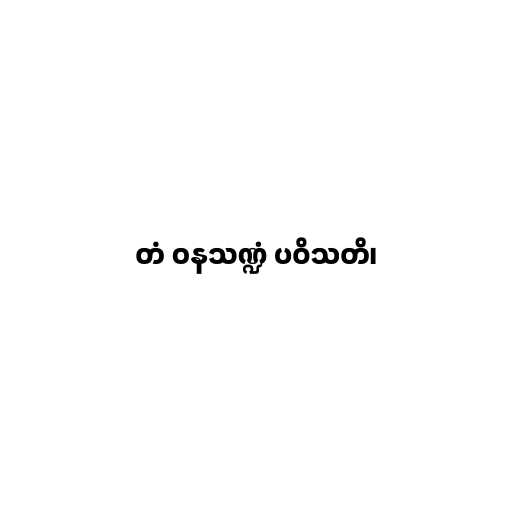
တံ ဝနသဏ္ဍံ ပဝိသတိ၊